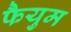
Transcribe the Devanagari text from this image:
फैयुम